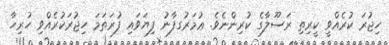
ހިޖުރަ ކުރެއްވީ ކީރިތި ރަސޫލާގެ ކުރިންނެވެ. ޢުމަރުގފާނު ފިޔަވައި ފުރަތަމަ ހިޖުރަކުރެއްވި ހުރިހާ